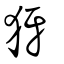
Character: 犽